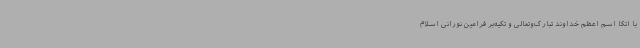
با اتکا اسم اعظم خداوند تبارک‌وتعالی و تکیه‌بر فرامین نورانی اسلام